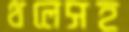
থলেসহ